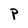
Character: P